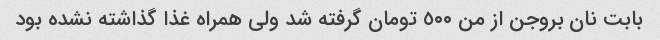
بابت نان بروجن از من ٥٠٠ تومان گرفته شد ولی همراه غذا گذاشته نشده بود